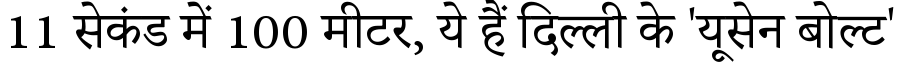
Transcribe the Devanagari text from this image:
11 सेकंड में 100 मीटर, ये हैं दिल्ली के 'यूसेन बोल्ट'